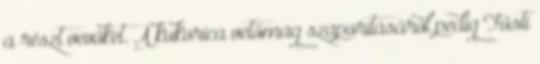
a részt vevőket. A kukorica vetőmag szaporításáról pedig Füsti